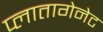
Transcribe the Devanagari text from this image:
प्लातागेनेट